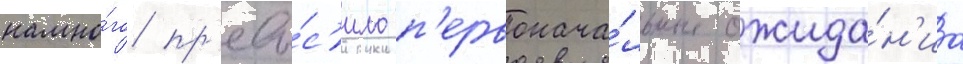
намно́го пр'евы́с'ило п'ервонача́льные ожида́н'иа